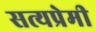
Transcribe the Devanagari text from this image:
सत्यप्रेमी